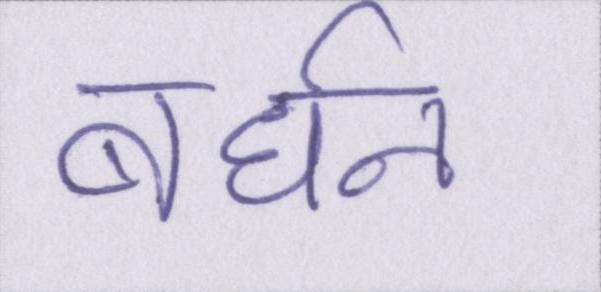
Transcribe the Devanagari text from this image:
बर्धन